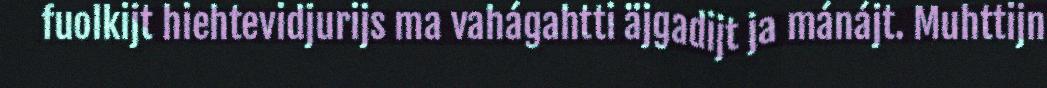
fuolkijt hiehtevidjurijs ma vahágahtti äjgadijt ja mánájt. Muhttijn